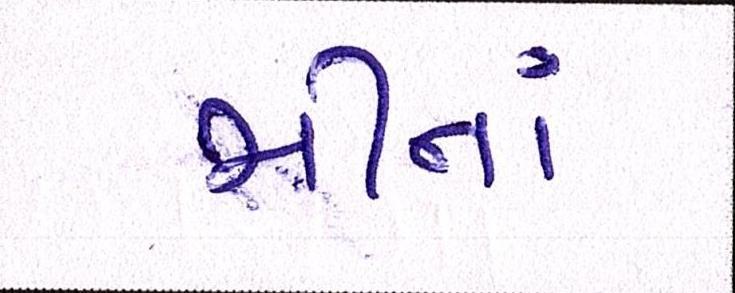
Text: ભીનાં